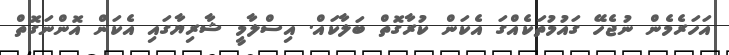
އަހަރެމެން ނުޖެހޭ ގައުމުތަކެއްގަ އެކަން ކުރާގޮތް ބަލާކައް. އިސްލާމީ ޝާރިޔާގައި އެކަން އޮންނަގޮތް